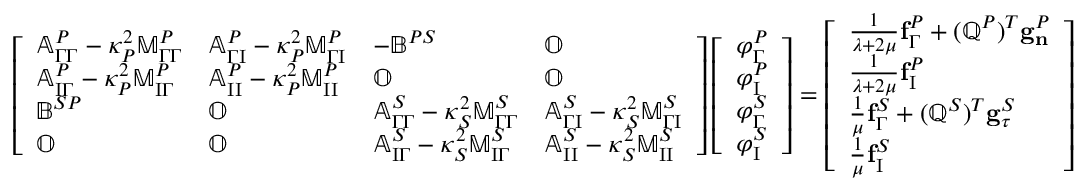
\begin{array} { r } { \left[ \begin{array} { l l l l } { \mathbb { A } _ { \Gamma \Gamma } ^ { P } - \kappa _ { P } ^ { 2 } \mathbb { M } _ { \Gamma \Gamma } ^ { P } } & { \mathbb { A } _ { \Gamma \mathrm { I } } ^ { P } - \kappa _ { P } ^ { 2 } \mathbb { M } _ { \Gamma \mathrm { I } } ^ { P } } & { - \mathbb { B } ^ { P S } } & { \mathbb { O } } \\ { \mathbb { A } _ { \mathrm { I } \Gamma } ^ { P } - \kappa _ { P } ^ { 2 } \mathbb { M } _ { \mathrm { I } \Gamma } ^ { P } } & { \mathbb { A } _ { \mathrm { I } \mathrm { I } } ^ { P } - \kappa _ { P } ^ { 2 } \mathbb { M } _ { \mathrm { I } \mathrm { I } } ^ { P } } & { \mathbb { O } } & { \mathbb { O } } \\ { \mathbb { B } ^ { S P } } & { \mathbb { O } } & { \mathbb { A } _ { \Gamma \Gamma } ^ { S } - \kappa _ { S } ^ { 2 } \mathbb { M } _ { \Gamma \Gamma } ^ { S } } & { \mathbb { A } _ { \Gamma \mathrm { I } } ^ { S } - \kappa _ { S } ^ { 2 } \mathbb { M } _ { \Gamma \mathrm { I } } ^ { S } } \\ { \mathbb { O } } & { \mathbb { O } } & { \mathbb { A } _ { \mathrm { I } \Gamma } ^ { S } - \kappa _ { S } ^ { 2 } \mathbb { M } _ { \mathrm { I } \Gamma } ^ { S } } & { \mathbb { A } _ { \mathrm { I } \mathrm { I } } ^ { S } - \kappa _ { S } ^ { 2 } \mathbb { M } _ { \mathrm { I } \mathrm { I } } ^ { S } } \end{array} \right] \left[ \begin{array} { l } { \boldsymbol { \varphi } _ { \Gamma } ^ { P } } \\ { \boldsymbol { \varphi } _ { \mathrm { I } } ^ { P } } \\ { \boldsymbol { \varphi } _ { \Gamma } ^ { S } } \\ { \boldsymbol { \varphi } _ { \mathrm { I } } ^ { S } } \end{array} \right] = \left[ \begin{array} { l } { \frac { 1 } { \lambda + 2 \mu } \mathbf { f } _ { \Gamma } ^ { P } + ( \mathbb { Q } ^ { P } ) ^ { T } \mathbf { g } _ { \mathbf { n } } ^ { P } } \\ { \frac { 1 } { \lambda + 2 \mu } \mathbf { f } _ { \mathrm { I } } ^ { P } } \\ { \frac { 1 } { \mu } \mathbf { f } _ { \Gamma } ^ { S } + ( \mathbb { Q } ^ { S } ) ^ { T } \mathbf { g } _ { \boldsymbol { \tau } } ^ { S } } \\ { \frac { 1 } { \mu } \mathbf { f } _ { \mathrm { I } } ^ { S } } \end{array} \right] } \end{array}